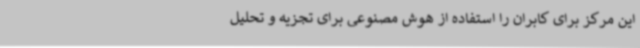
این مرکز برای کابران را استفاده از هوش مصنوعی برای تجزیه و تحلیل